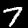
Digit: 7